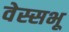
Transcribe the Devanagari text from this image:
वेस्सभू